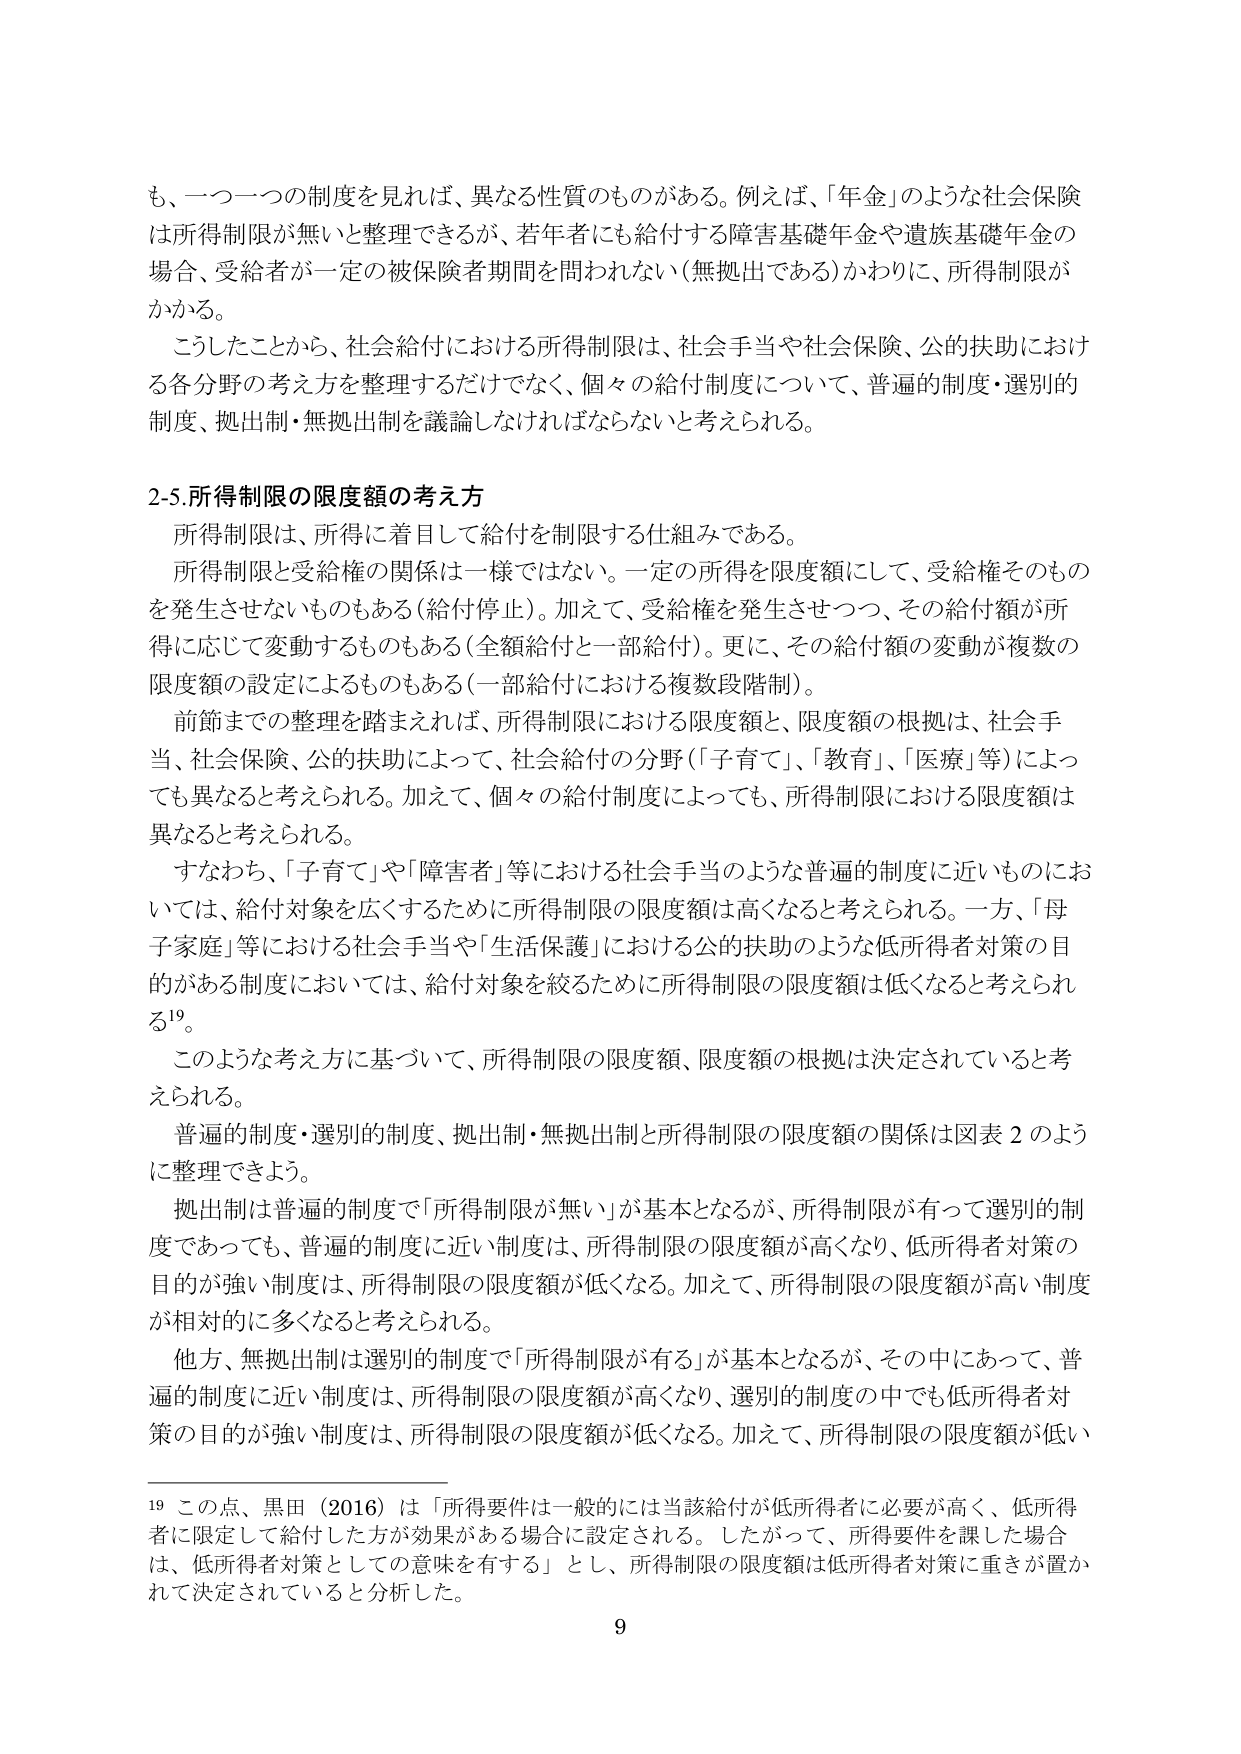
も、一つ一つの制度を見れば、異なる性質のものがある。例えば、「年金」のような社会保険は所得制限が無いと整理できるが、若年者にも給付する障害基礎年金や遺族基礎年金の場合、受給者が一定の被保険者期間を問われない（無拠出である）かわりに、所得制限がかかる。

こうしたことから、社会給付における所得制限は、社会手当や社会保険、公的扶助における各分野の考え方を整理するだけでなく、個々の給付制度について、普遍的制度・選別的制度、拠出制・無拠出制を議論しなければならないと考えられる。

2-5.所得制限の限度額の考え方

所得制限は、所得に着目して給付を制限する仕組みである。

所得制限と受給権の関係は一様ではない。一定の所得を限度額にして、受給権そのものを発生させないものもある（給付停止）。加えて、受給権を発生させつつ、その給付額が所得に応じて変動するものもある（全額給付と一部給付）。更に、その給付額の変動が複数の限度額の設定によるものもある（一部給付における複数段階制）。

前節までの整理を踏まえれば、所得制限における限度額と、限度額の根拠は、社会手当、社会保険、公的扶助によって、社会給付の分野（「子育て」、「教育」、「医療」等）によっても異なると考えられる。加えて、個々の給付制度によっても、所得制限における限度額は異なると考えられる。

すなわち、「子育て」や「障害者」等における社会手当のような普遍的制度に近いものにおいては、給付対象を広くするために所得制限の限度額は高くなると考えられる。一方、「母子家庭」等における社会手当や「生活保護」における公的扶助のような低所得者対策の目的がある制度においては、給付対象を絞るために所得制限の限度額は低くなると考えられる¹⁹。

このような考え方に基づいて、所得制限の限度額、限度額の根拠は決定されていると考えられる。

普遍的制度・選別的制度、拠出制・無拠出制と所得制限の限度額の関係は図表2のように整理できよう。

拠出制は普遍的制度で「所得制限が無い」が基本となるが、所得制限が有って選別的制度であっても、普遍的制度に近い制度は、所得制限の限度額が高くなり、低所得者対策の目的が強い制度は、所得制限の限度額が低くなる。加えて、所得制限の限度額が高い制度が相対的に多くなると考えられる。

他方、無拠出制は選別的制度で「所得制限が有る」が基本となるが、その中において、普遍的制度に近い制度は、所得制限の限度額が高くなり、選別的制度の中でも低所得者対策の目的が強い制度は、所得制限の限度額が低くなる。加えて、所得制限の限度額が低い

¹⁹ この点、黒田（2016）は「所得要件は一般的には当該給付が低所得者に必要が高く、低所得者に限定して給付した方が効果がある場合に設定される。したがって、所得要件を課した場合は、低所得者対策としての意味を有する」とし、所得制限の限度額は低所得者対策に重きが置かれて決定されていると分析した。

9